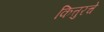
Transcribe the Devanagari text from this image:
कित्तुरचे